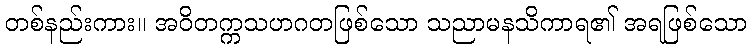
တစ်နည်းကား။ အဝိတက္ကသဟဂတဖြစ်သော သညာမနသိကာရ၏ အရဖြစ်သော